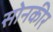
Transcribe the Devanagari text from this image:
सोनकीर